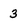
Character: 3